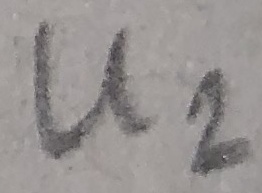
Text: U2